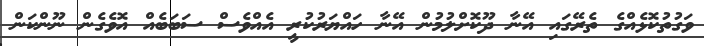
ވަގުތުކޮޅެއްގެ ތެރޭގައި އޭނާ ދޫކޮށްލުމުން އޭނާ ހައްޔަރުކުރީ އެއްވެސް ސަބަބެއް އޮވެގެން ނޫންކަން